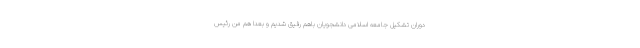
دوران تشکیل جامعه اسلامی دانشجویان باهم رفیق شدیم و بعدا هم من رئیس